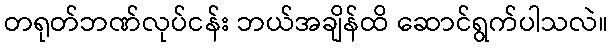
တရုတ်ဘဏ်လုပ်ငန်း ဘယ်အချိန်ထိ ဆောင်ရွက်ပါသလဲ။